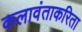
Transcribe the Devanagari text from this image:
कलावंताकरिता